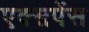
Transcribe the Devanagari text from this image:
एक्सपेंस